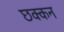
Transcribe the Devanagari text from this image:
छक्कन